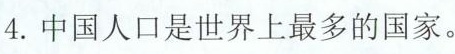
4.中国人口是世界上最多的国家。